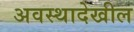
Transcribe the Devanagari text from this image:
अवस्थादेखील